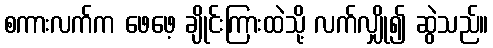
စကားလက်က ဖေဖေ့ ချိုင်းကြားထဲသို့ လက်လျှို၍ ဆွဲသည်။